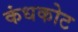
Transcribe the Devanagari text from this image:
कंधकोट